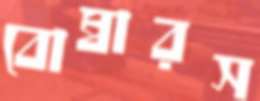
বোম্বারস